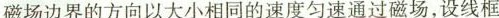
磁场边界的方向以大小相同的速度匀速通过磁场，设线框